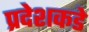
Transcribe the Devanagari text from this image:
प्रदेशकडे